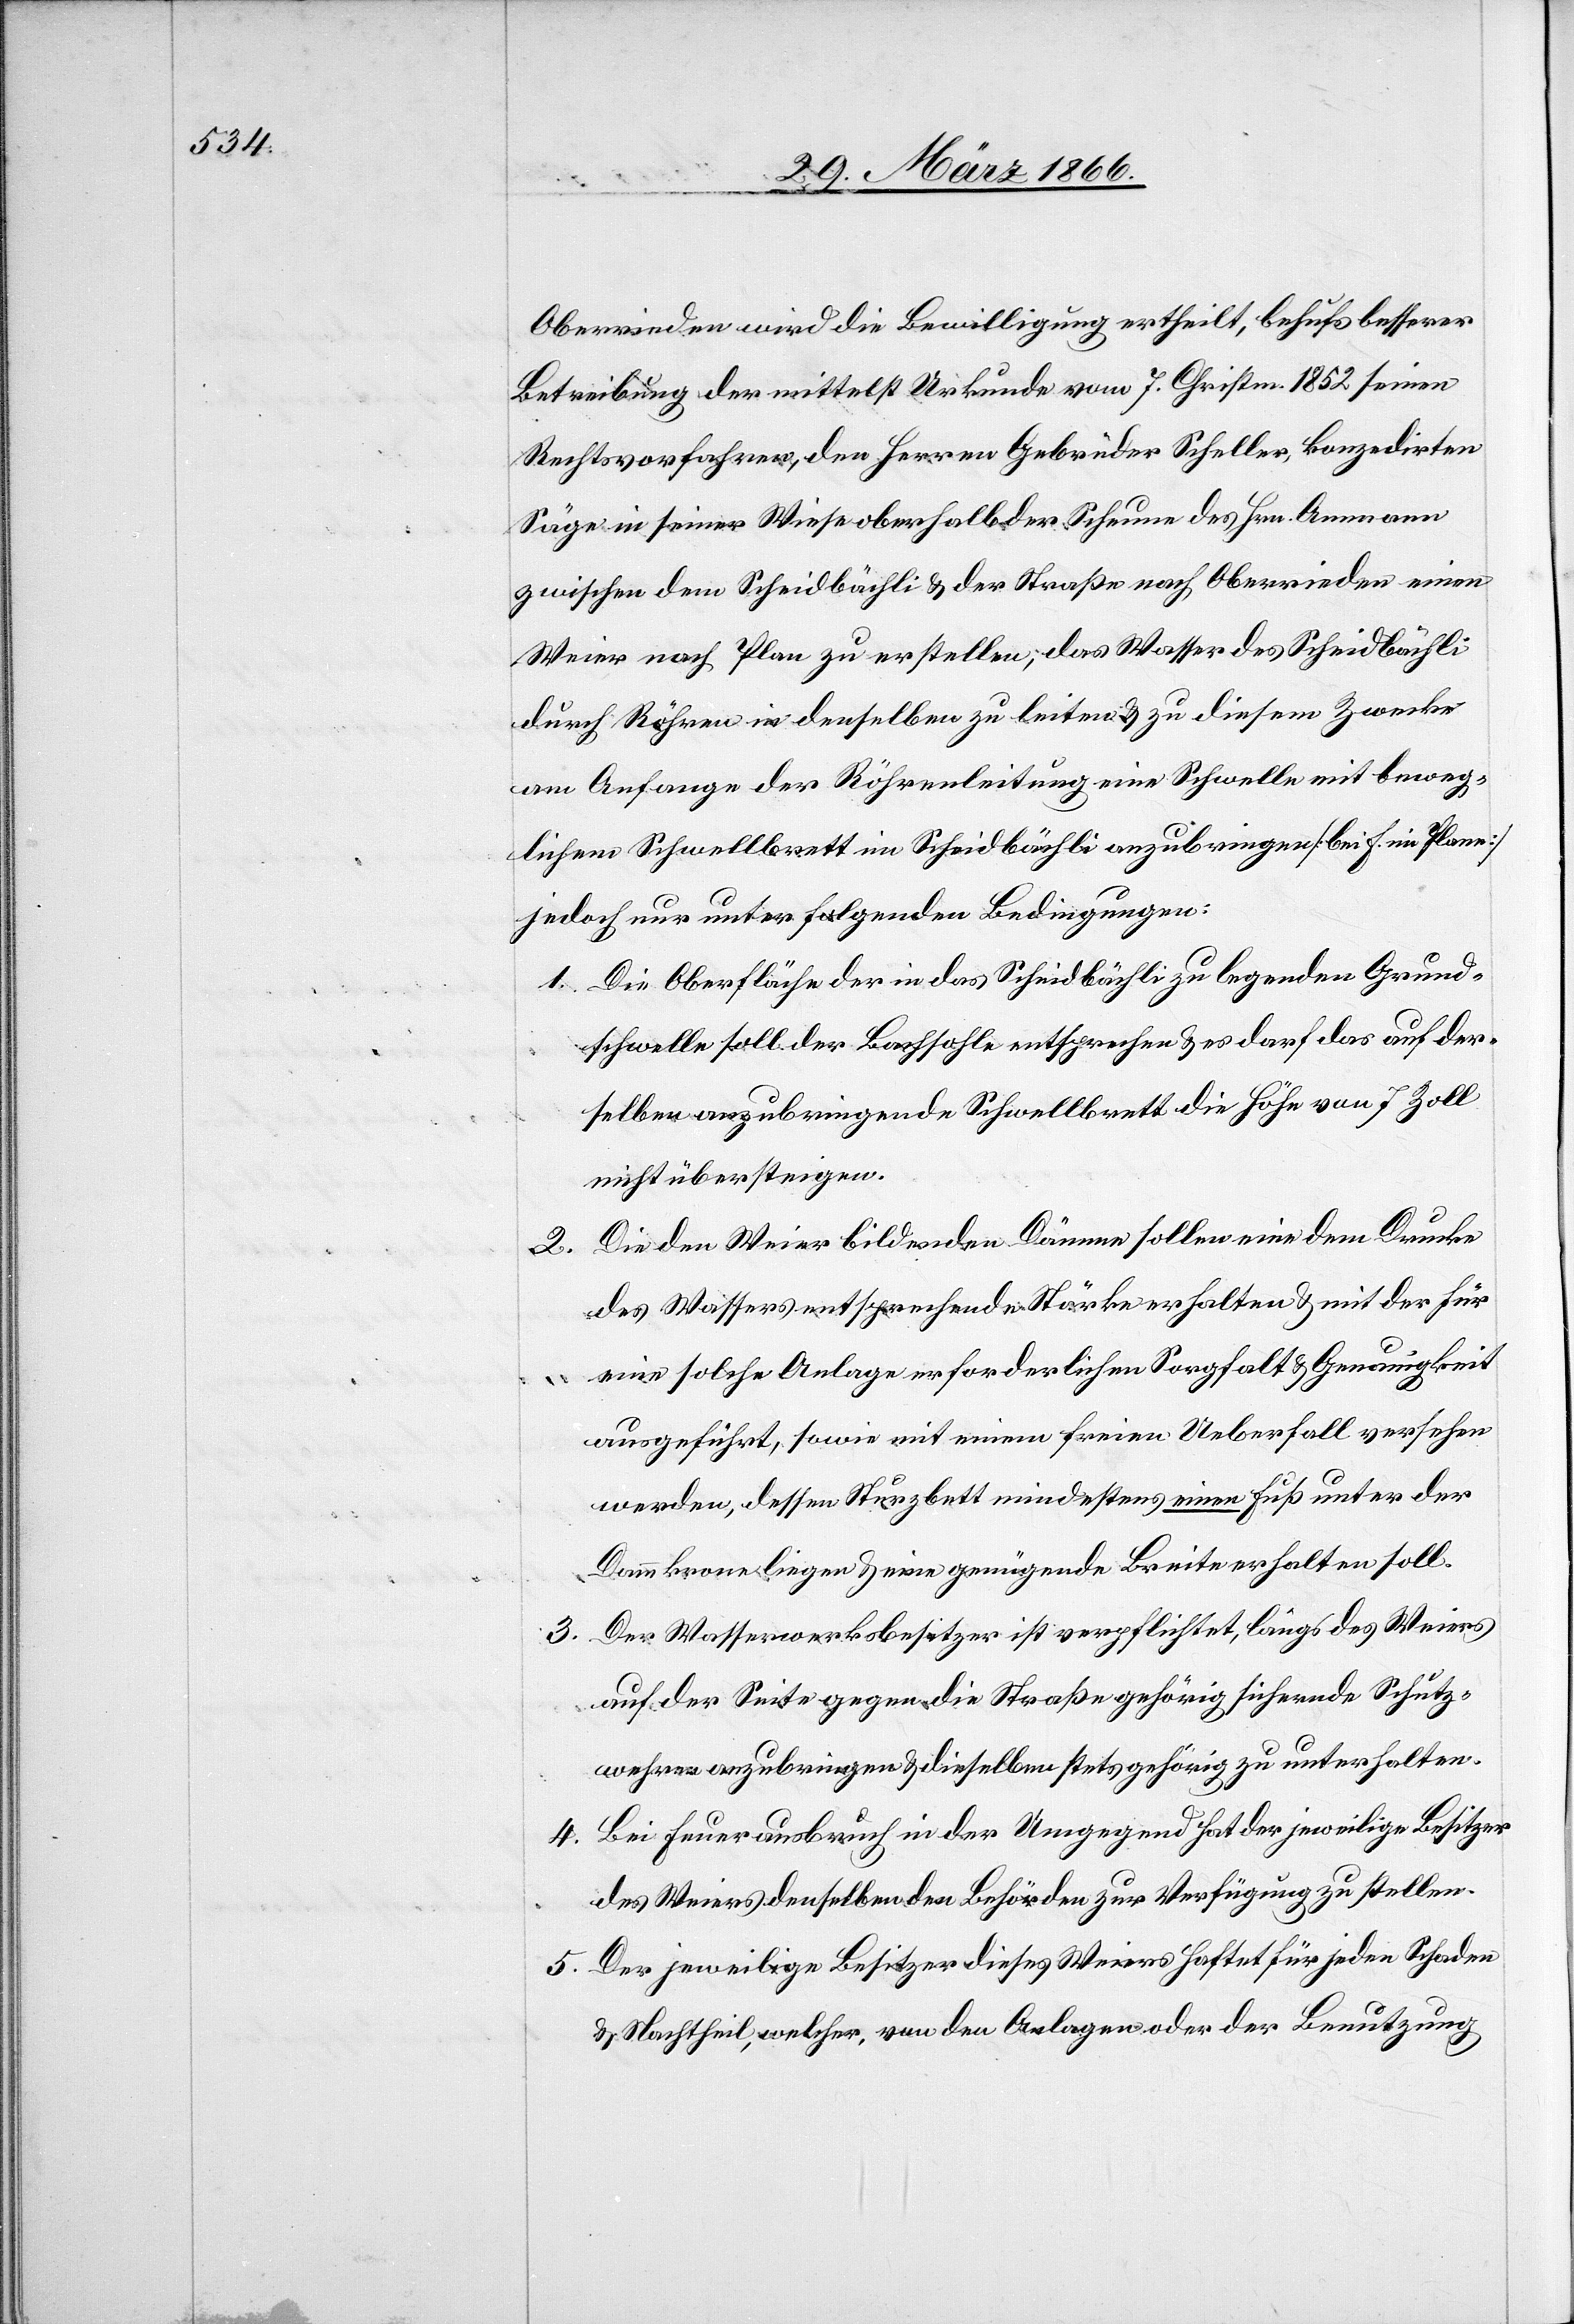
Oberrieden wird die Bewilligung ertheilt, behufs besserer
Betreibung der mittelst Urkunde vom 7. Christm. 1852 seinen
Rechtvorfahren, den Herren Gebrüder Scheller, konzedirten
Säge in seiner Wiese oberhalb der Scheune des Hrn. Ammann
zwischen dem Scheidbächli u. der Straße nach Oberrieden einen
Weier nach Plan zu erstellen; das Wasser des Scheidbächli
durch Röhren in denselben zu leiten u. zu diesem Zwecke
am Anfange der Röhrenleitung eine Schwelle mit beweg¬
lichem Schwellbrett im Scheidbächli anzubringen [bei f. im Plane]
jedoch nur unter folgenden Bedingungen:
1. Die Oberfläche der in das Scheidbächli zu legenden Grund¬
schwelle soll der Bachsohle entsprechen u. es darf das auf der¬
selben anzubringende Schwellbrett die Höhe von 7 Zoll
nicht übersteigen.
Die den Weier bildenden Dämme sollen eine dem Drucke
2.
des Wassers entsprechende Stärke erhalten u. mit der für
eine solche Anlage erforderlichen Sorgfalt u. Genauigkeit
ausgeführt, sowie mit einem freien Ueberfall versehen
werden, dessen Sturzbett mindestens einen Fuß unter der
Dammkrone liegen u. eine genügende Breite erhalten soll.
3. Der Wasserwerksbesitzer ist verpflichtet, längs des Weiers
auf der Seite gegen die Straße gehörig sichernde Schutz¬
wehren anzubringen u. dieselben stets gehörig zu unterhalten.
4. Bei Feuerausbruch in der Umgegend hat der jeweilige Besitzer
des Weiers denselben den Behörden zur Verfügung zu stellen.
5. Der jeweilige Besitzer dieses Weiers haftet für jeden Schaden
u. Nachtheil, welcher von den Anlagen oder der Benutzung